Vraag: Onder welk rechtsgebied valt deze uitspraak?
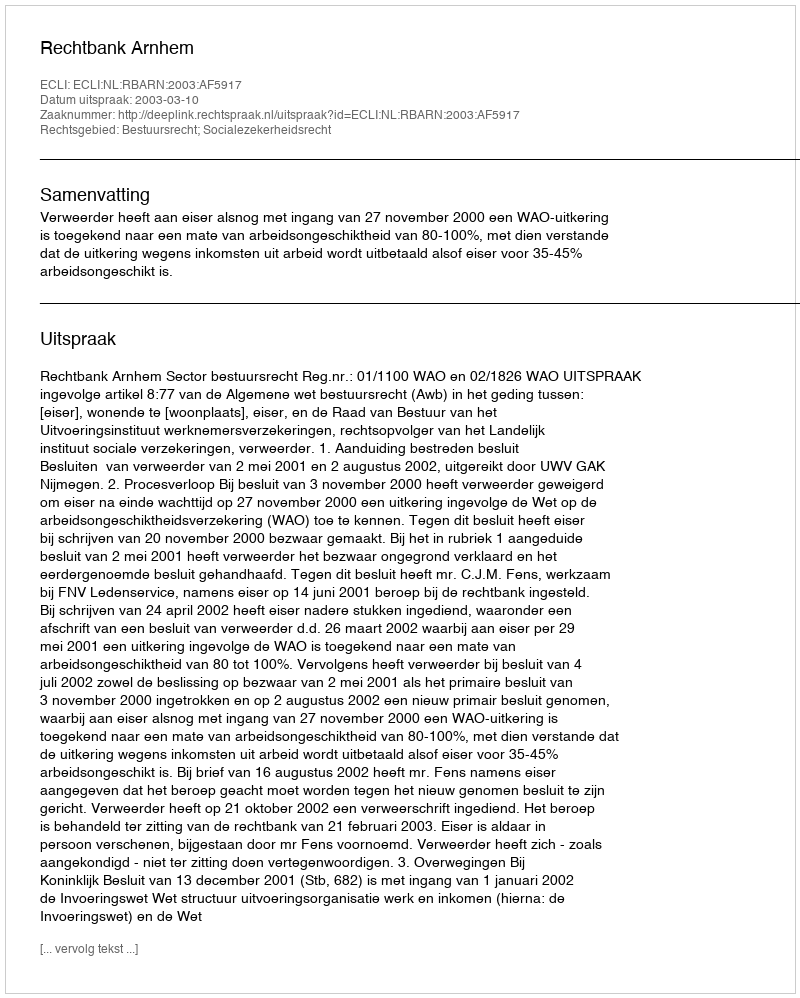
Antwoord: Bestuursrecht; Socialezekerheidsrecht